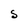
Character: S